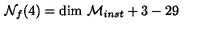
{ \cal N } _ { f } ( 4 ) = \mathrm { d i m } \ { \cal M } _ { i n s t } + 3 - 2 9